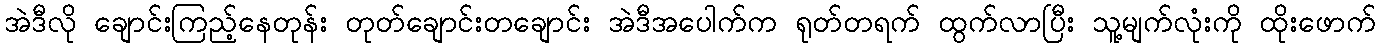
အဲဒီလို ချောင်းကြည့်နေတုန်း တုတ်ချောင်းတချောင်း အဲဒီအပေါက်က ရုတ်တရက် ထွက်လာပြီး သူ့မျက်လုံးကို ထိုးဖောက်